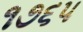
૧૭૬૫